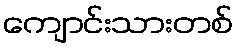
ကျောင်းသားတစ်